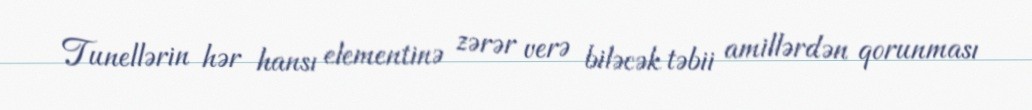
Tunellərin hər hansı elementinə zərər verə biləcək təbii amillərdən qorunması